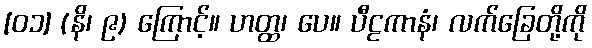
[၀၁] (နိ၊ ၉) ကြောင့်။ ဟတ္ထ၊ ပေ။ ပီဠကာနံ၊ လက်ခြေတို့ကို